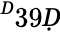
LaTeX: ^Ḋ39Ḍ